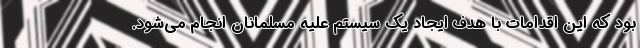
بود که این اقدامات با هدف ایجاد یک سیستم علیه مسلمانان انجام می‌شود.